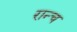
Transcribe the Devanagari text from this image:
रान्च